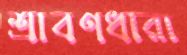
শ্রাবণধারা